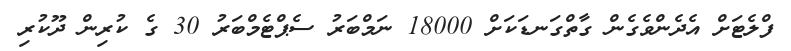
ފްލެޓަށް އެދެންވެގެން ގާތްގަނޑަކަށް 18000 ނަމްބަރު ސެޕްޓެމްބަރު 30 ގެ ކުރިން ދޫކުރި